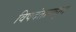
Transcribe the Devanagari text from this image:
विषदंतामधून